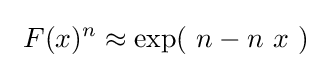
\ F(x)^{n}\approx \exp(\ n-n\ x\ )~